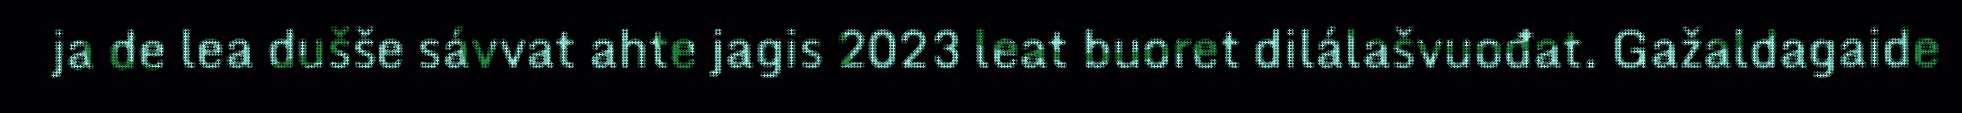
ja de lea dušše sávvat ahte jagis 2023 leat buoret dilálašvuođat. Gažaldagaide